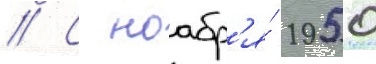
// С ноабр'я́ 1950